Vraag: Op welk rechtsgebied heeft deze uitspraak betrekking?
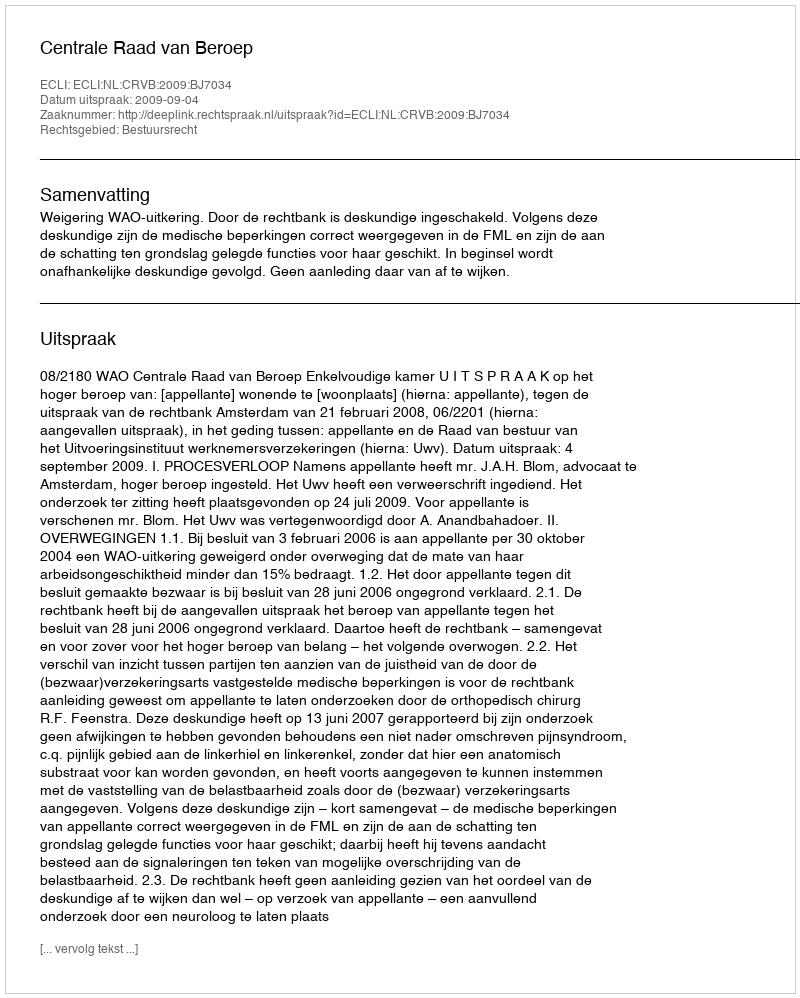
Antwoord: Bestuursrecht